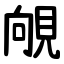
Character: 䚁